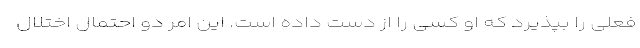
فعلی را بپذیرد که او کسی را از دست داده است. این امر دو احتمال اختلال